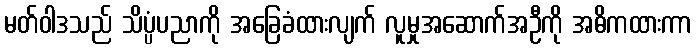
မတ်ဝါဒသည် သိပ္ပံပညာကို အခြေခံထားလျက် လူမှုအဆောက်အဦကို အဓိကထားကာ